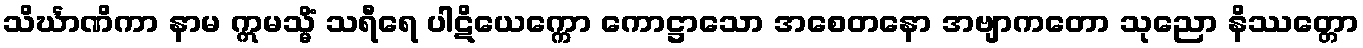
သိင်္ဃာဏိကာ နာမ ဣမသ္မိံ သရီရေ ပါဋိယေက္ကော ကောဋ္ဌာသော အစေတနော အဗျာကတော သုညော နိဿတ္တော